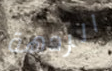
الردهة